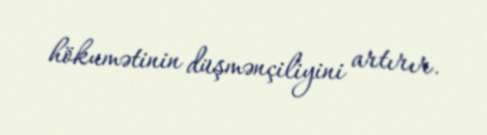
hökumətinin düşmənçiliyini artırır.